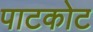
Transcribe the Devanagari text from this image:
पाटकोट